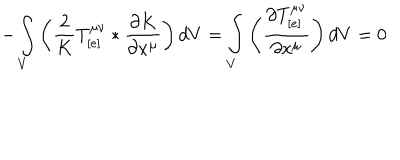
LaTeX: - \int _ { V } \left( \frac { 2 } { K } T _ { [ e ] } ^ { \mu \nu } * \frac { \partial K } { \partial x ^ { \mu } } \right) d V = \int _ { V } \left( \frac { \partial T _ { [ e ] } ^ { \mu \nu } } { \partial x ^ { \mu } } \right) d V = 0